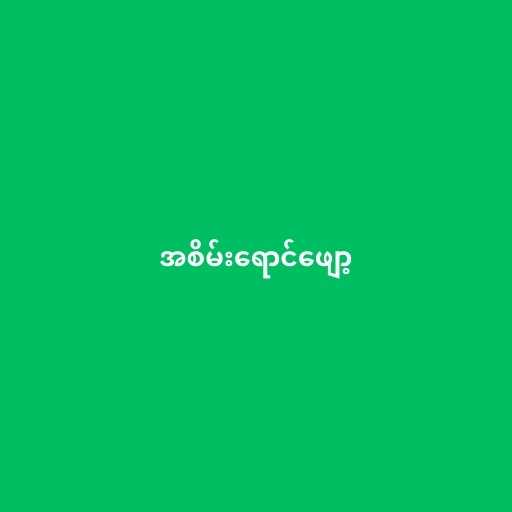
အစိမ်းရောင်ဖျော့